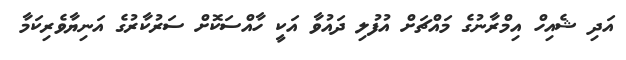
އަދި ޝެއިހް އިމްރާނުގެ މައްޗަށް އުފުލި ދައުވާ އަކީ ހާއްސަކޮށް ސަރުކާރުގެ އަނިޔާވެރިކަމާ